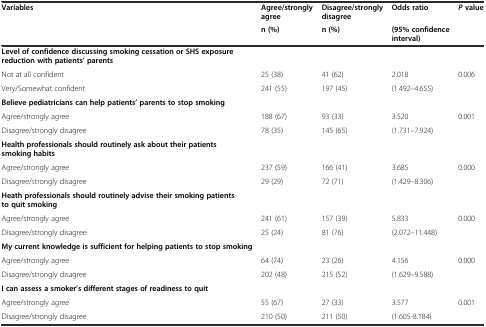
| <ROWSPAN=2> Variables | Agree/strongly agree | Disagree/strongly disagree | Odds ratio | <ROWSPAN=2> Pvalue |
 | n (%) | n (%) | (95% confidence interval) |
 | --- | --- | --- | --- | --- |
 | Level of confidence discussing smoking cessation or SHS exposure reduction with patients’ parents |  |  |  |  |
 | Not at all confident | 25 (38) | 41 (62) | 2.018 | <ROWSPAN=2> 0.006 |
 | Very/Somewhat confident | 241 (55) | 197 (45) | (1.492–4.655) |
 | Believe pediatricians can help patients’ parents to stop smoking |  |  |  |  |
 | Agree/strongly agree | 188 (67) | 93 (33) | 3.520 | <ROWSPAN=2> 0.001 |
 | Disagree/strongly disagree | 78 (35) | 145 (65) | (1.731–7.924) |
 | Health professionals should routinely ask about their patients smoking habits |  |  |  |  |
 | Agree/strongly agree | 237 (59) | 166 (41) | 3.685 | <ROWSPAN=2> 0.000 |
 | Disagree/strongly disagree | 29 (29) | 72 (71) | (1.429–8.306) |
 | Heath professionals should routinely advise their smoking patients to quit smoking |  |  |  |  |
 | Agree/strongly agree | 241 (61) | 157 (39) | 5.833 | <ROWSPAN=2> 0.000 |
 | Disagree/strongly disagree | 25 (24) | 81 (76) | (2.072–11.448) |
 | My current knowledge is sufficient for helping patients to stop smoking |  |  |  |  |
 | Agree/strongly agree | 64 (74) | 23 (26) | 4.156 | <ROWSPAN=2> 0.000 |
 | Disagree/strongly disagree | 202 (48) | 215 (52) | (1.629–9.588) |
 | I can assess a smoker’s different stages of readiness to quit |  |  |  |  |
 | Agree/strongly agree | 55 (67) | 27 (33) | 3.577 | <ROWSPAN=2> 0.001 |
 | Disagree/strongly disagree | 210 (50) | 211 (50) | (1.605-8.184) |